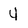
Character: 4